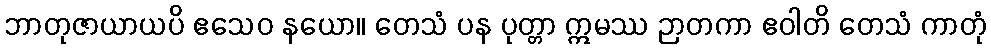
ဘာတုဇာယာယပိ ဧသေဝ နယော။ တေသံ ပန ပုတ္တာ ဣမဿ ဉာတကာ ဧဝါတိ တေသံ ကာတုံ